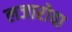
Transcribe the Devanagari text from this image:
लजारोवा